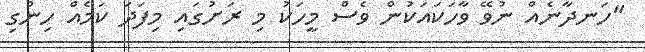
"ހަނދާނެއް ނުވޭ ވާހަކައަކުން ވެސް މީހަކު މި ރަށުގައި މިފަދަ ކަމެއް ހިންގި